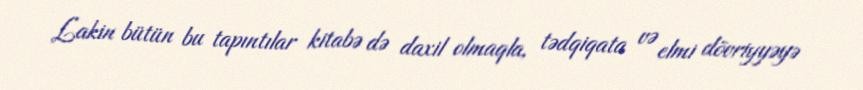
Lakin bütün bu tapıntılar kitabə də daxil olmaqla, tədqiqata və elmi dövriyyəyə